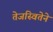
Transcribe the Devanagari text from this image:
तेजस्वितेने